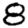
Digit: 8